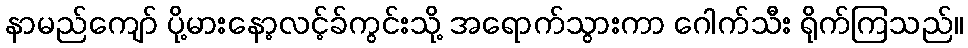
နာမည်ကျော် ပို့မားနော့လင့်ခ်ကွင်းသို့ အရောက်သွားကာ ဂေါက်သီး ရိုက်ကြသည်။